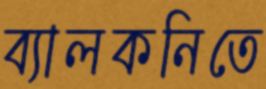
ব্যালকনিতে